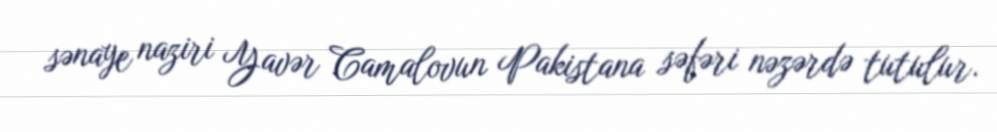
sənaye naziri Yavər Camalovun Pakistana səfəri nəzərdə tutulur.